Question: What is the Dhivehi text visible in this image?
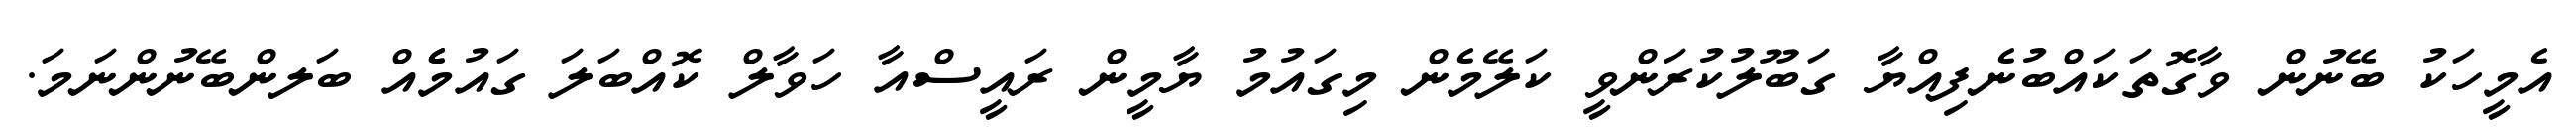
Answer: އެމީހަކު ބޭނުން ވާގޮތަކައްބުނެފިއްޔާ ގަބޫލުކުރަންވީ ކަލޭމެން މިގައުމު ޔާމީން ރައީސްއާ ހަވާލް ކޮއްބަލަ ގައުމެެއް ބަލންބޭނުންނަމަ.